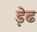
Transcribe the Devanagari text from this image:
ड़ेढ